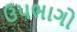
ઉપભાગો